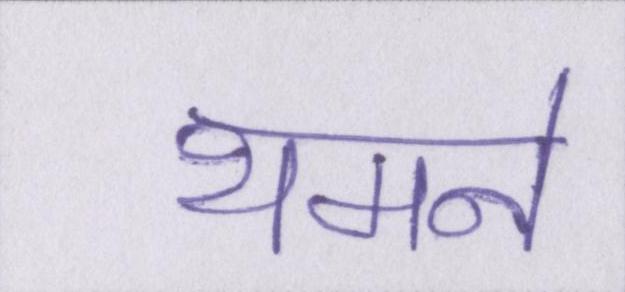
थमने